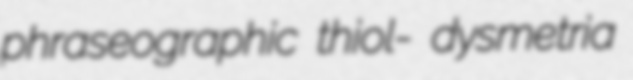
phraseographic thiol- dysmetria